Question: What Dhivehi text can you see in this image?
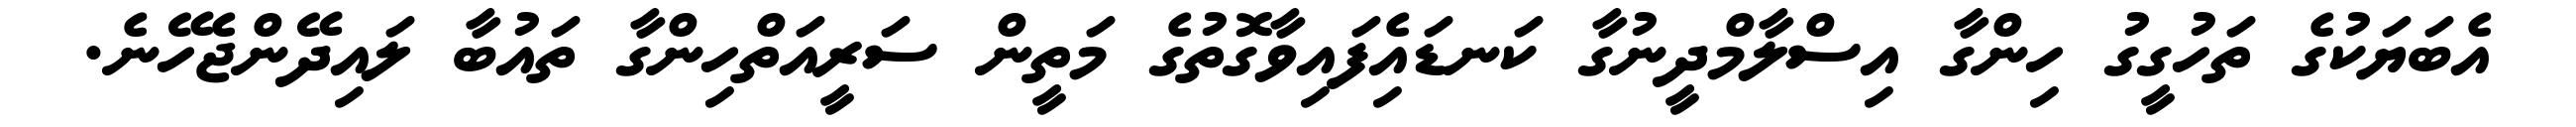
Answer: އެބަޔަކުގެ ތަހުގީގު ހިންގާ އިސްލާމްދީނުގާ ކަނޑައެިފައިވާގޮތުގެ މަތީން ސަރީއަތްހިންގާ ތައުބާ ލައިދޭންޖެހޭނެ.